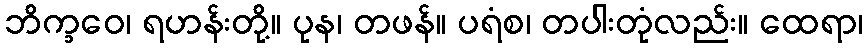
ဘိက္ခဝေ၊ ရဟန်းတို့။ ပုန၊ တဖန်။ ပရံစ၊ တပါးတုံလည်း။ ထေရာ၊